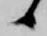
候